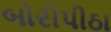
બોરીપીઠા